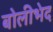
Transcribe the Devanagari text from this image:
बोलीभेद